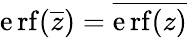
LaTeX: \operatorname{\mathrm{e}rf}({\overline{{{z}}}})={\overline{{{\operatorname{\mathrm{e}rf}(z)}}}}